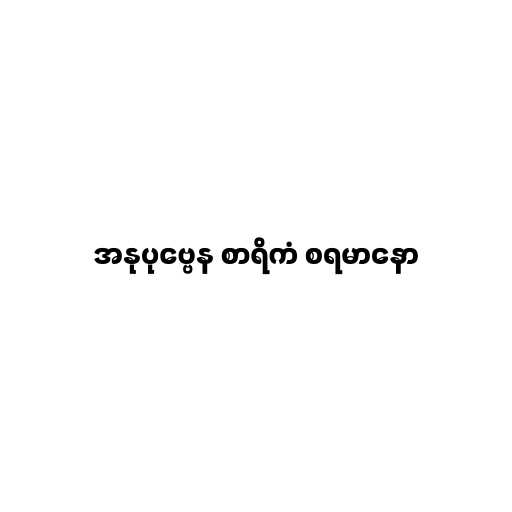
အနုပုဗ္ဗေန စာရိကံ စရမာနော